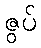
ဇွပ်